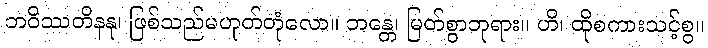
ဘဝိဿတိနနု၊ ဖြစ်သည်မဟုတ်တုံလော။ ဘန္တေ၊ မြတ်စွာဘုရား။ ဟိ၊ ထိုစကားသင့်စွ။